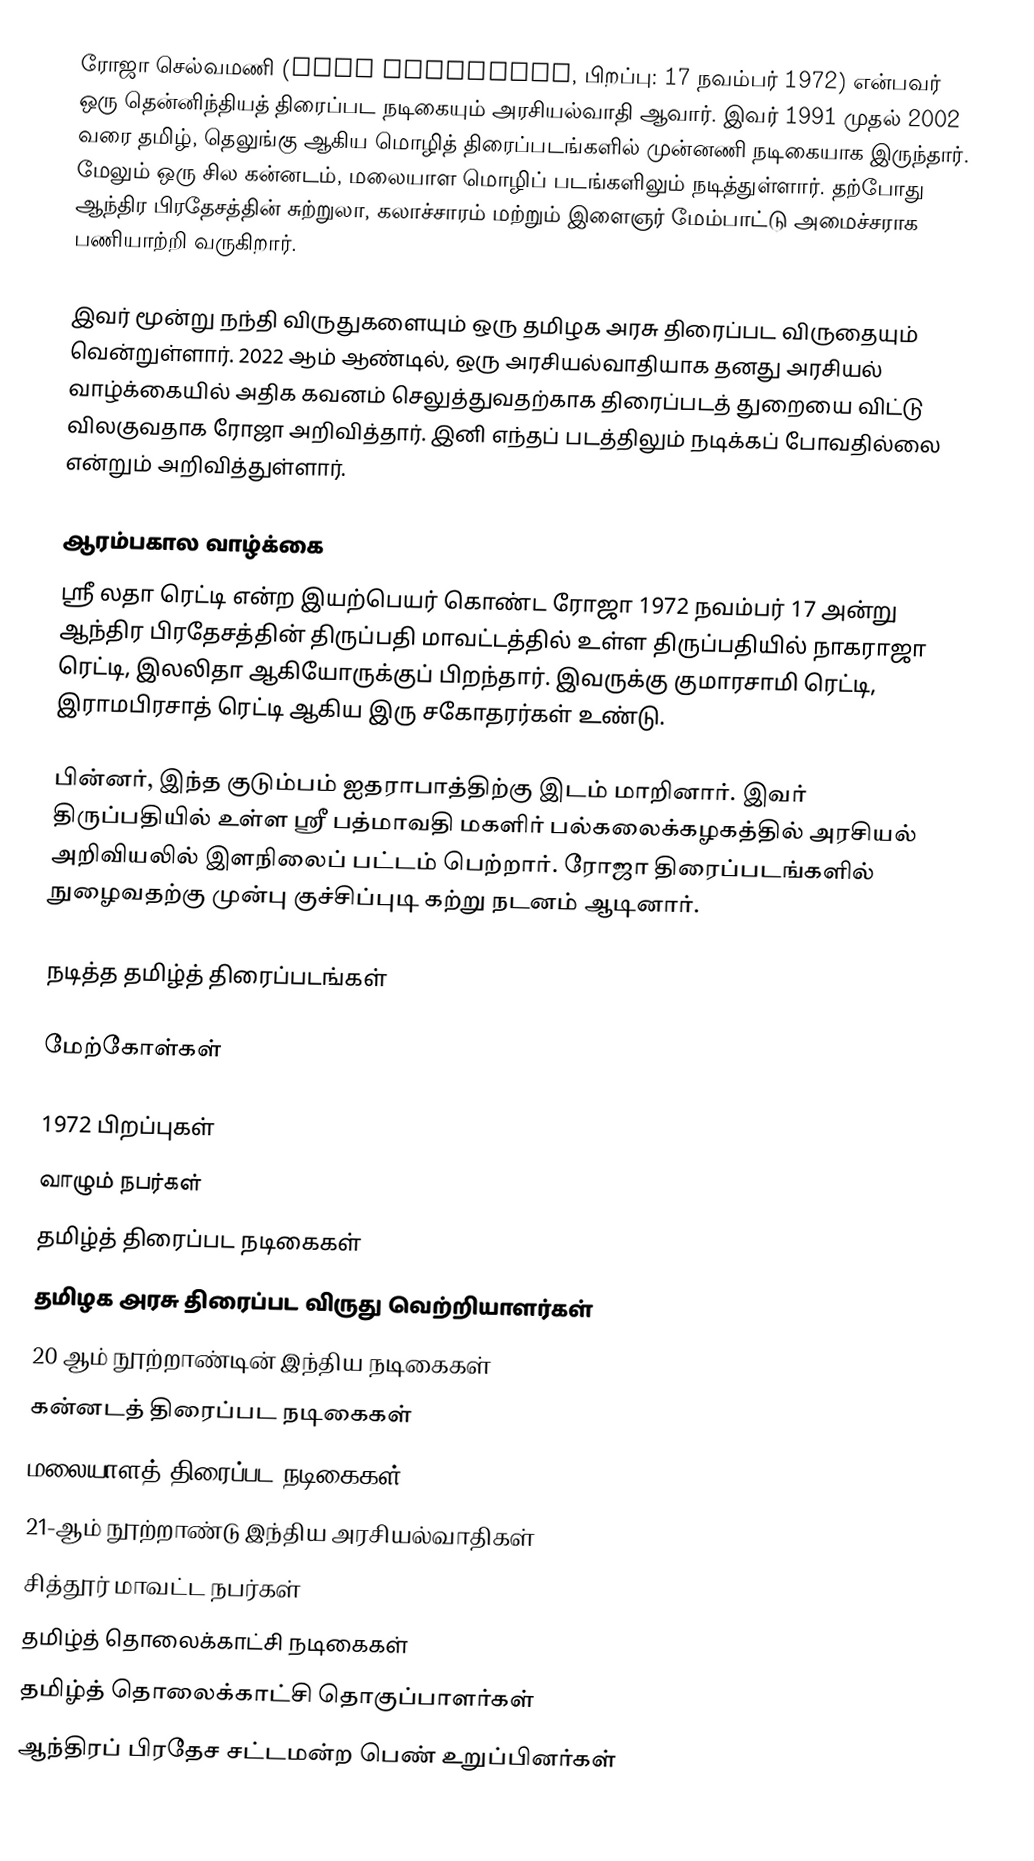
ரோஜா செல்வமணி (Roja Selvamani, பிறப்பு: 17 நவம்பர் 1972) என்பவர் ஒரு தென்னிந்தியத் திரைப்பட நடிகையும் அரசியல்வாதி ஆவார். இவர் 1991 முதல் 2002 வரை தமிழ், தெலுங்கு ஆகிய மொழித் திரைப்படங்களில் முன்னணி நடிகையாக இருந்தார். மேலும் ஒரு சில கன்னடம், மலையாள மொழிப் படங்களிலும் நடித்துள்ளார். தற்போது ஆந்திர பிரதேசத்தின் சுற்றுலா, கலாச்சாரம் மற்றும் இளைஞர் மேம்பாட்டு அமைச்சராக பணியாற்றி வருகிறார்.

இவர் மூன்று நந்தி விருதுகளையும் ஒரு தமிழக அரசு திரைப்பட விருதையும் வென்றுள்ளார். 2022 ஆம் ஆண்டில், ஒரு அரசியல்வாதியாக தனது அரசியல் வாழ்க்கையில் அதிக கவனம் செலுத்துவதற்காக திரைப்படத் துறையை விட்டு விலகுவதாக ரோஜா அறிவித்தார். இனி எந்தப் படத்திலும் நடிக்கப் போவதில்லை என்றும் அறிவித்துள்ளார்.

ஆரம்பகால வாழ்க்கை
ஸ்ரீ லதா ரெட்டி என்ற இயற்பெயர் கொண்ட ரோஜா 1972  நவம்பர் 17 அன்று ஆந்திர பிரதேசத்தின் திருப்பதி மாவட்டத்தில் உள்ள திருப்பதியில் நாகராஜா ரெட்டி, இலலிதா ஆகியோருக்குப் பிறந்தார். இவருக்கு குமாரசாமி ரெட்டி, இராமபிரசாத் ரெட்டி ஆகிய இரு சகோதரர்கள் உண்டு.

பின்னர், இந்த குடும்பம் ஐதராபாத்திற்கு இடம் மாறினார். இவர் திருப்பதியில் உள்ள ஸ்ரீ பத்மாவதி மகளிர் பல்கலைக்கழகத்தில் அரசியல் அறிவியலில் இளநிலைப் பட்டம் பெற்றார். ரோஜா திரைப்படங்களில் நுழைவதற்கு முன்பு குச்சிப்புடி கற்று நடனம் ஆடினார்.

நடித்த தமிழ்த் திரைப்படங்கள்

மேற்கோள்கள்

1972 பிறப்புகள்
வாழும் நபர்கள்
தமிழ்த் திரைப்பட நடிகைகள்
தமிழக அரசு திரைப்பட விருது வெற்றியாளர்கள்
20 ஆம் நூற்றாண்டின் இந்திய நடிகைகள்
கன்னடத் திரைப்பட நடிகைகள்
மலையாளத் திரைப்பட நடிகைகள்
21-ஆம் நூற்றாண்டு இந்திய அரசியல்வாதிகள்
சித்தூர் மாவட்ட நபர்கள்
தமிழ்த் தொலைக்காட்சி நடிகைகள்
தமிழ்த் தொலைக்காட்சி தொகுப்பாளர்கள்
ஆந்திரப் பிரதேச சட்டமன்ற பெண் உறுப்பினர்கள்